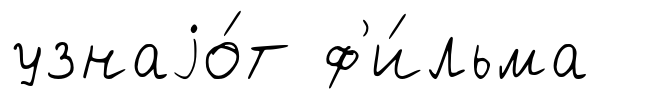
узнаjо́т ф'и́льма